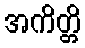
အကိတ္တိ